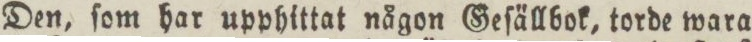
Den, ſom har upphittat någon Geſällbok, torde wara